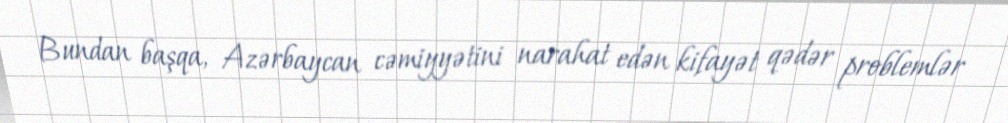
Bundan başqa, Azərbaycan cəmiyyətini narahat edən kifayət qədər problemlər